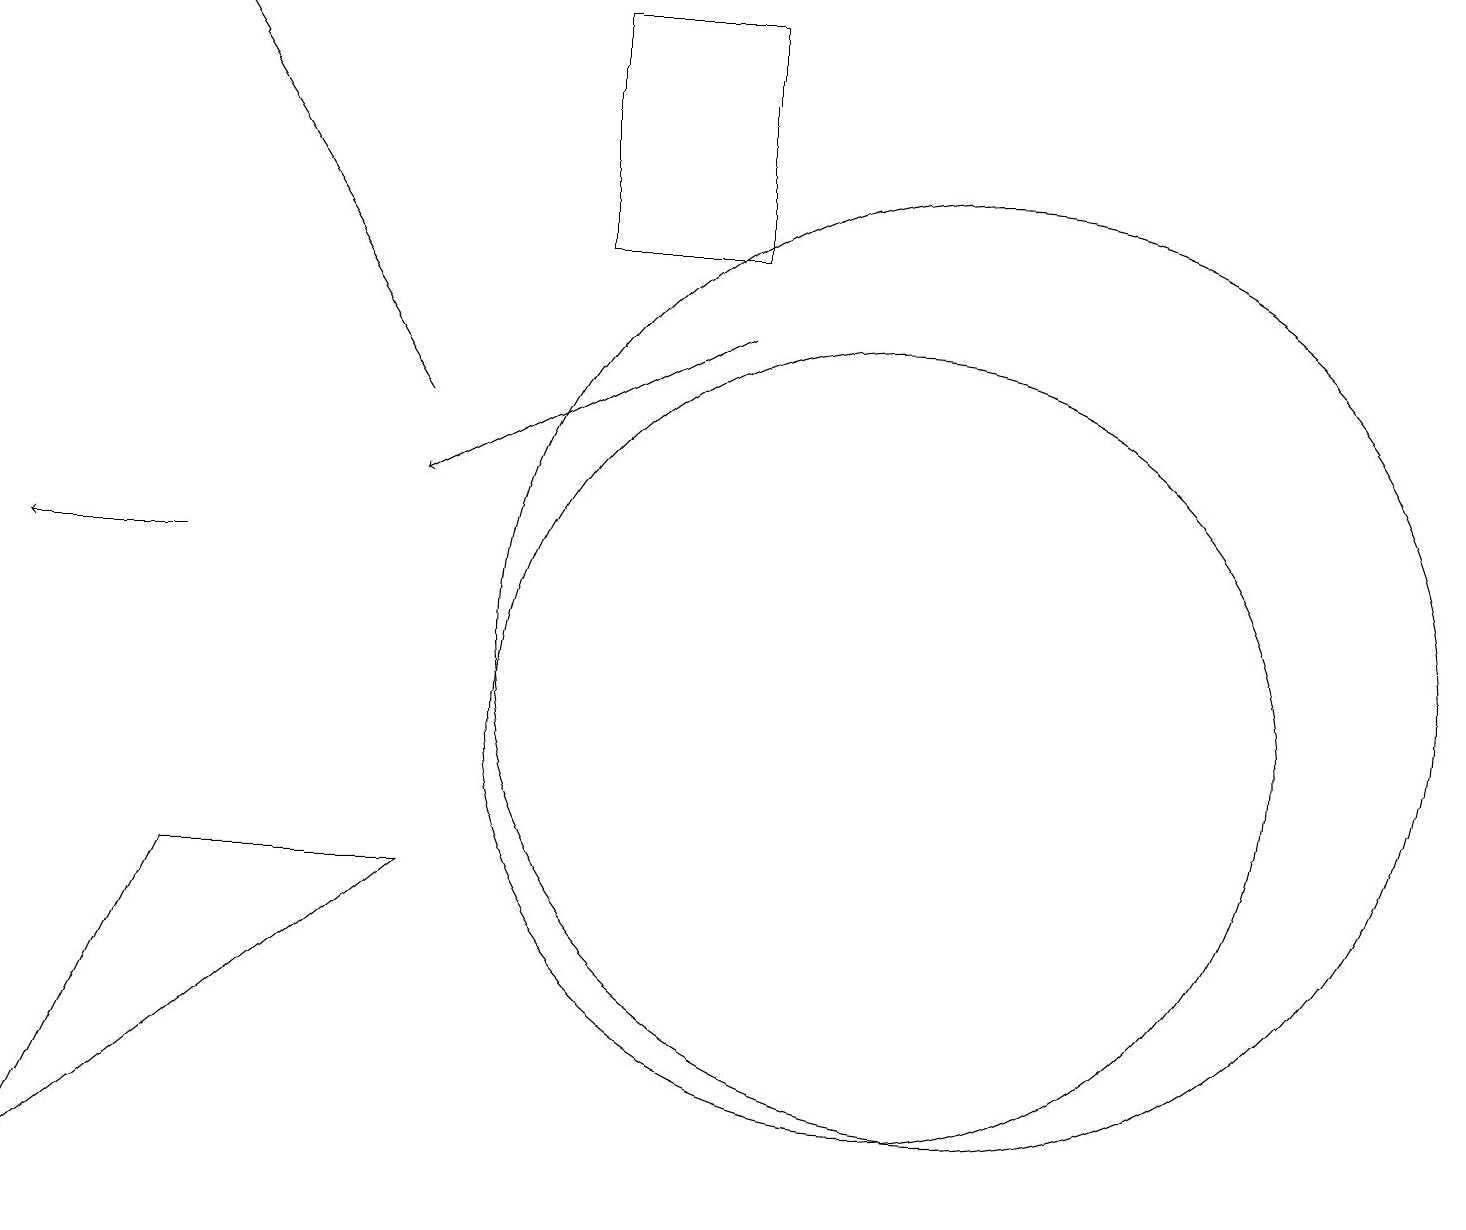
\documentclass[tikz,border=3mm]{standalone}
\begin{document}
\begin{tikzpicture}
\draw[->] (5,14) -- (2,19);
\draw (12,11) circle (6);
\draw (11,10) circle (5);
\draw[->] (9,15) -- (5,13);
\draw (2,8) -- (5,8) -- (0,4) -- cycle;
\draw (7,19) rectangle (9,16);
\draw[->] (2,12) -- (0,12);
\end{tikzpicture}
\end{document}